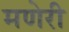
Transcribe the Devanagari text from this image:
मणेरी